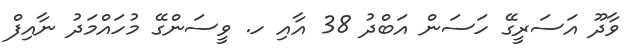
ވާދޫ އަސަރީގޭ ހަސަން އަބްދު 38 އާއި ހ. ވީސަންގޭ މުހައްމަދު ނާއިފް